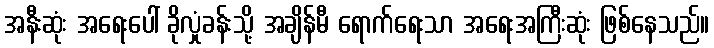
အနီးဆုံး အရေးပေါ် ခိုလှုံခန်းသို့ အချိန်မီ ရောက်ရေးသာ အရေးအကြီးဆုံး ဖြစ်နေသည်။